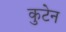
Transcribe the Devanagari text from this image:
कुटेन